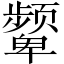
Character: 颦